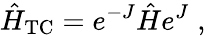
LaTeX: \hat{H}_{\mathrm{TC}}=e^{-J}\hat{H}e^{J}\; ,